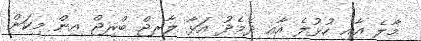
މާލެ އާއި ހުޅުލެ އާއި ދެމެދު އަޅާ ލާރޖް ބްރިޖް އިން މިކަން